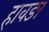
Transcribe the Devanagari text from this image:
हावङा